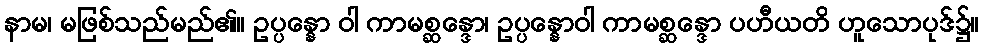
နာမ၊ မဖြစ်သည်မည်၏။ ဥပ္ပန္နော ဝါ ကာမစ္ဆန္ဒော၊ ဥပ္ပန္နောဝါ ကာမစ္ဆန္ဒော ပဟီယတိ ဟူသောပုဒ်၌။